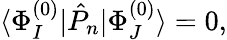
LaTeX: \begin{array}{r}{\langle\Phi_{I}^{(0)}|\hat{P}_{n}|\Phi_{J}^{(0)}\rangle=0,}\end{array}